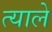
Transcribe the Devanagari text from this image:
त्याले